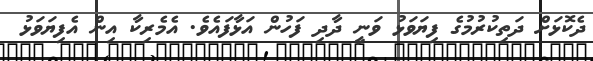
ދެކޮޅަށް ދަތިކުރުމުގެ ފިޔަވަޅު ވަނީ ދާދި ފަހުން އަޅާފައެވެ. އެމެރިކާ އިން އެފިޔަވަޅު